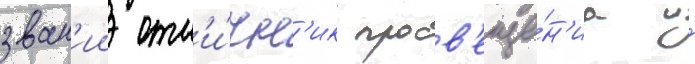
зван'ии отл'и́чн'ик просв'еще́н'иа и́